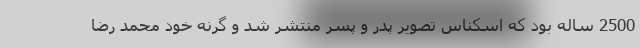
2500 ساله بود که اسکناس تصویر پدر و پسر منتشر شد و گرنه خود محمد رضا